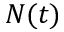
N ( t )